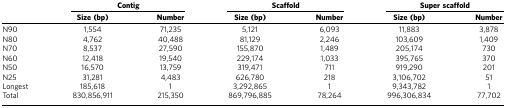
<table><thead><tr><td><b> </b></td><td colspan="2"><b>Contig</b></td><td colspan="2"><b>Scaffold</b></td><td colspan="2"><b>Super scaffold</b></td></tr><tr><td><b> </b></td><td><b>Size (bp)</b></td><td><b>Number</b></td><td><b>Size (bp)</b></td><td><b>Number</b></td><td><b>Size (bp)</b></td><td><b>Number</b></td></tr></thead><tbody><tr><td>N90</td><td>1,554</td><td>71,235</td><td>5,121</td><td>6,093</td><td>11,883</td><td>3,878</td></tr><tr><td>N80</td><td>4,762</td><td>40,488</td><td>81,129</td><td>2,246</td><td>103,609</td><td>1,409</td></tr><tr><td>N70</td><td>8,537</td><td>27,590</td><td>155,870</td><td>1,489</td><td>205,174</td><td>730</td></tr><tr><td>N60</td><td>12,418</td><td>19,540</td><td>229,174</td><td>1,033</td><td>395,765</td><td>370</td></tr><tr><td>N50</td><td>16,570</td><td>13,759</td><td>319,471</td><td>711</td><td>919,290</td><td>201</td></tr><tr><td>N25</td><td>31,281</td><td>4,483</td><td>626,780</td><td>218</td><td>3,106,702</td><td>51</td></tr><tr><td>Longest</td><td>185,618</td><td>1</td><td>3,292,865</td><td>1</td><td>9,343,782</td><td>1</td></tr><tr><td>Total</td><td>830,856,911</td><td>215,350</td><td>869,796,885</td><td>78,264</td><td>996,306,834</td><td>77,702</td></tr></tbody></table>